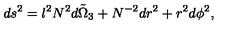
d s ^ { 2 } = l ^ { 2 } N ^ { 2 } \tilde { d \Omega _ { 3 } } + N ^ { - 2 } d r ^ { 2 } + r ^ { 2 } d \phi ^ { 2 } ,